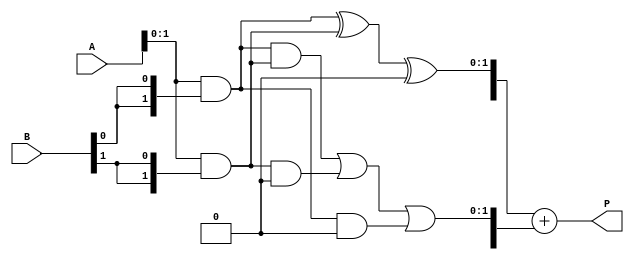
module WallaceTreeMultiplier #(parameter N = 4) (
    input [N-1:0] A,
    input [N-1:0] B,
    output [2*N-1:0] P
);

    // Intermediate partial products
    wire [N-1:0] pp [0:N-1]; // Partial product array
    genvar i, j;

    // Generate partial products
    generate
        for (i = 0; i < N; i = i + 1) begin : partial_product_gen
            assign pp[i] = A & {N{B[i]}}; // ANDing A with each bit of B
        end
    endgenerate

    // Stage 1: Combine partial products using CSAs
    wire [N-1:0] sum1 [0:N-1];
    wire [N-1:0] carry1 [0:N-1];

    generate
        for (i = 0; i < N; i = i + 1) begin : stage_1
            // First significant bit from the partial products
            assign sum1[i][0] = pp[i][0]; // Taking first bit
            assign carry1[i][0] = 0; // No carry for first bits
            if (i < N-1) begin
                assign sum1[i][1] = pp[i][1];
                assign carry1[i][1] = 0;
            end else begin
                assign sum1[i][1] = 0; // Padding with 0 for the last stage
                assign carry1[i][1] = 0;
            end
        end
    endgenerate

    // CSA Structure
    function [N-1:0] CSA(input [N-1:0] a, input [N-1:0] b, input [N-1:0] c);
        CSA = a ^ b ^ c;  // Sum
    endfunction

    function [N-1:0] CarryOut(input [N-1:0] a, input [N-1:0] b, input [N-1:0] c);
        CarryOut = (a & b) | (b & c) | (a & c); // Carry out
    endfunction

    // Recursive combination of CSAs
    wire [N-1:0] sum2 [0:N-1];
    wire [N-1:0] carry2 [0:N-1];

    generate
        for (i = 0; i < N-1; i = i + 1) begin : stage_2
            assign sum2[i] = CSA(sum1[i], sum1[i+1], carry1[i]);
            assign carry2[i] = CarryOut(sum1[i], sum1[i+1], carry1[i]);
        end
    endgenerate

    // Final adder to sum the last outputs
    wire [2*N-1:0] final_sum;
    wire [2*N-1:0] final_carry;

    // Using a simple ripple carry adder
    assign final_sum[0] = sum2[0][0];
    assign final_sum[1] = sum2[0][1];
    assign final_carry[0] = carry2[0][0];
    assign final_carry[1] = carry2[0][1];

    // Final product output
    assign P = final_sum + final_carry;

endmodule